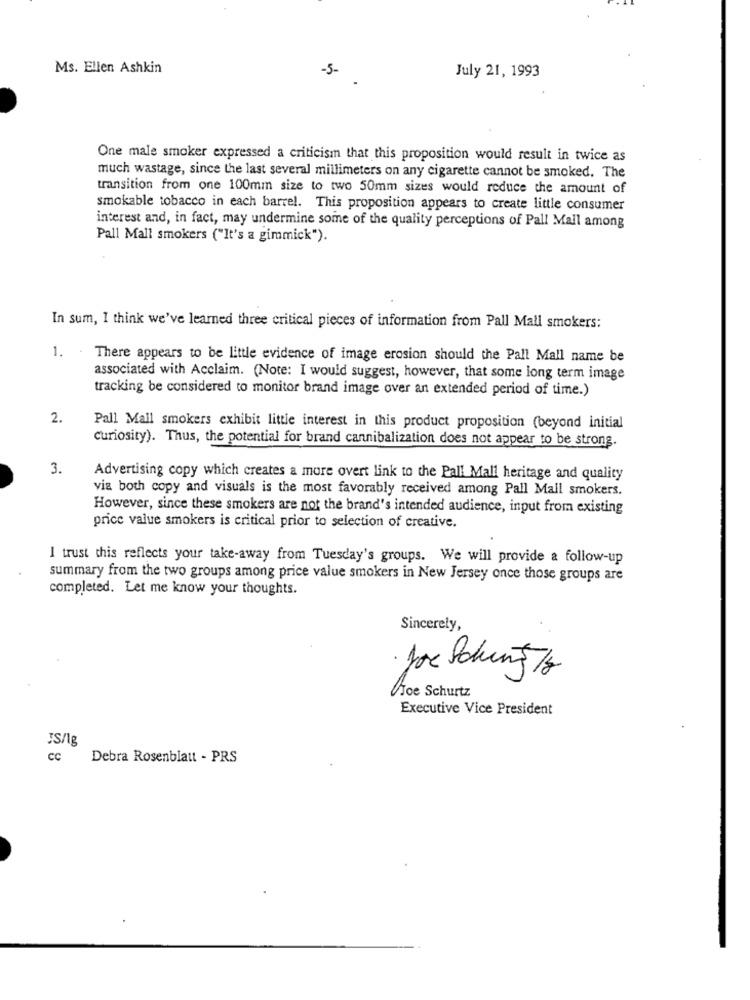
Ms. Ellen Ashkin
-5-
July 21, 1993
One male smoker expressed a criticism that this proposition would result in twice as
much wastage, since the last several millimeters on any cigarette cannot be smoked. The
transition from one 100mm size to two 50mm sizes would reduce the amount of
smokable tobacco in each barrel. This proposition appears to create little consumer
interest and, in fact, may undermine some of the quality perceptions of Pall Mall among
Pall Mall smokers ("It's a gimmick").
In sum, I think we've learned three critical pieces of information from Pall Mall smokers:
1. .
There appears to be little evidence of image erosion should the Pall Mall name be
associated with Acclaim. (Note: I would suggest, however, that some long term image
tracking be considered to monitor brand image over an extended period of time.)
2.
Pall Mall smokers exhibit little interest in this product proposition (beyond initial
curiosity). Thus, the potential for brand cannibalization does not appear to be strong.
3.
Advertising copy which creates a more overt link to the Pall Mall heritage and quality
via both copy and visuals is the most favorably received among Pall Mall smokers.
However, since these smokers are not the brand's intended audience, input from existing
price value smokers is critical prior to selection of creative.
I trust this reflects your take-away from Tuesday's groups. We will provide a follow-up
summary from the two groups among price value smokers in New Jersey once those groups are
completed. Let me know your thoughts.
Sincerely,
Joe Schun 18
AJoe Schurtz
Executive Vice President
JS/1g
cc
Debra Rosenblatt - PRS